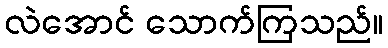
လဲအောင် သောက်ကြသည်။